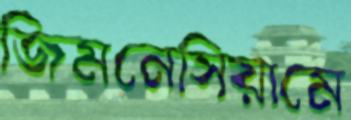
জিমনেসিয়ামে